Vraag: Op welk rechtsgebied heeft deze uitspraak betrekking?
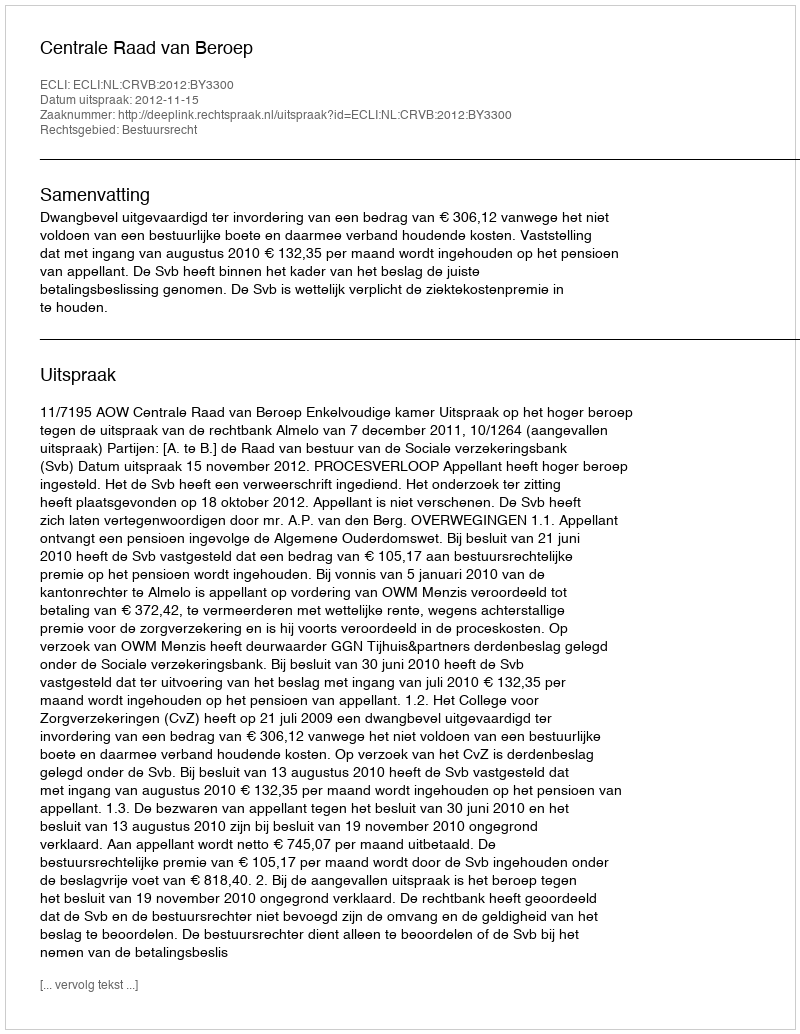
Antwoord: Bestuursrecht